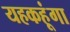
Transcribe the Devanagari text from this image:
यहकहूंगा